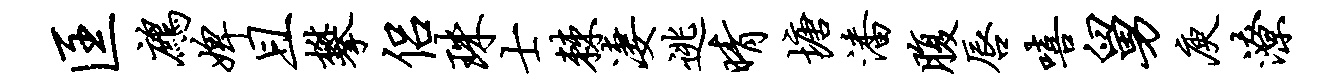
匡鹧婢且攀侣珠士棘凄逃晴塘潘腹唇嘻舅庾潦